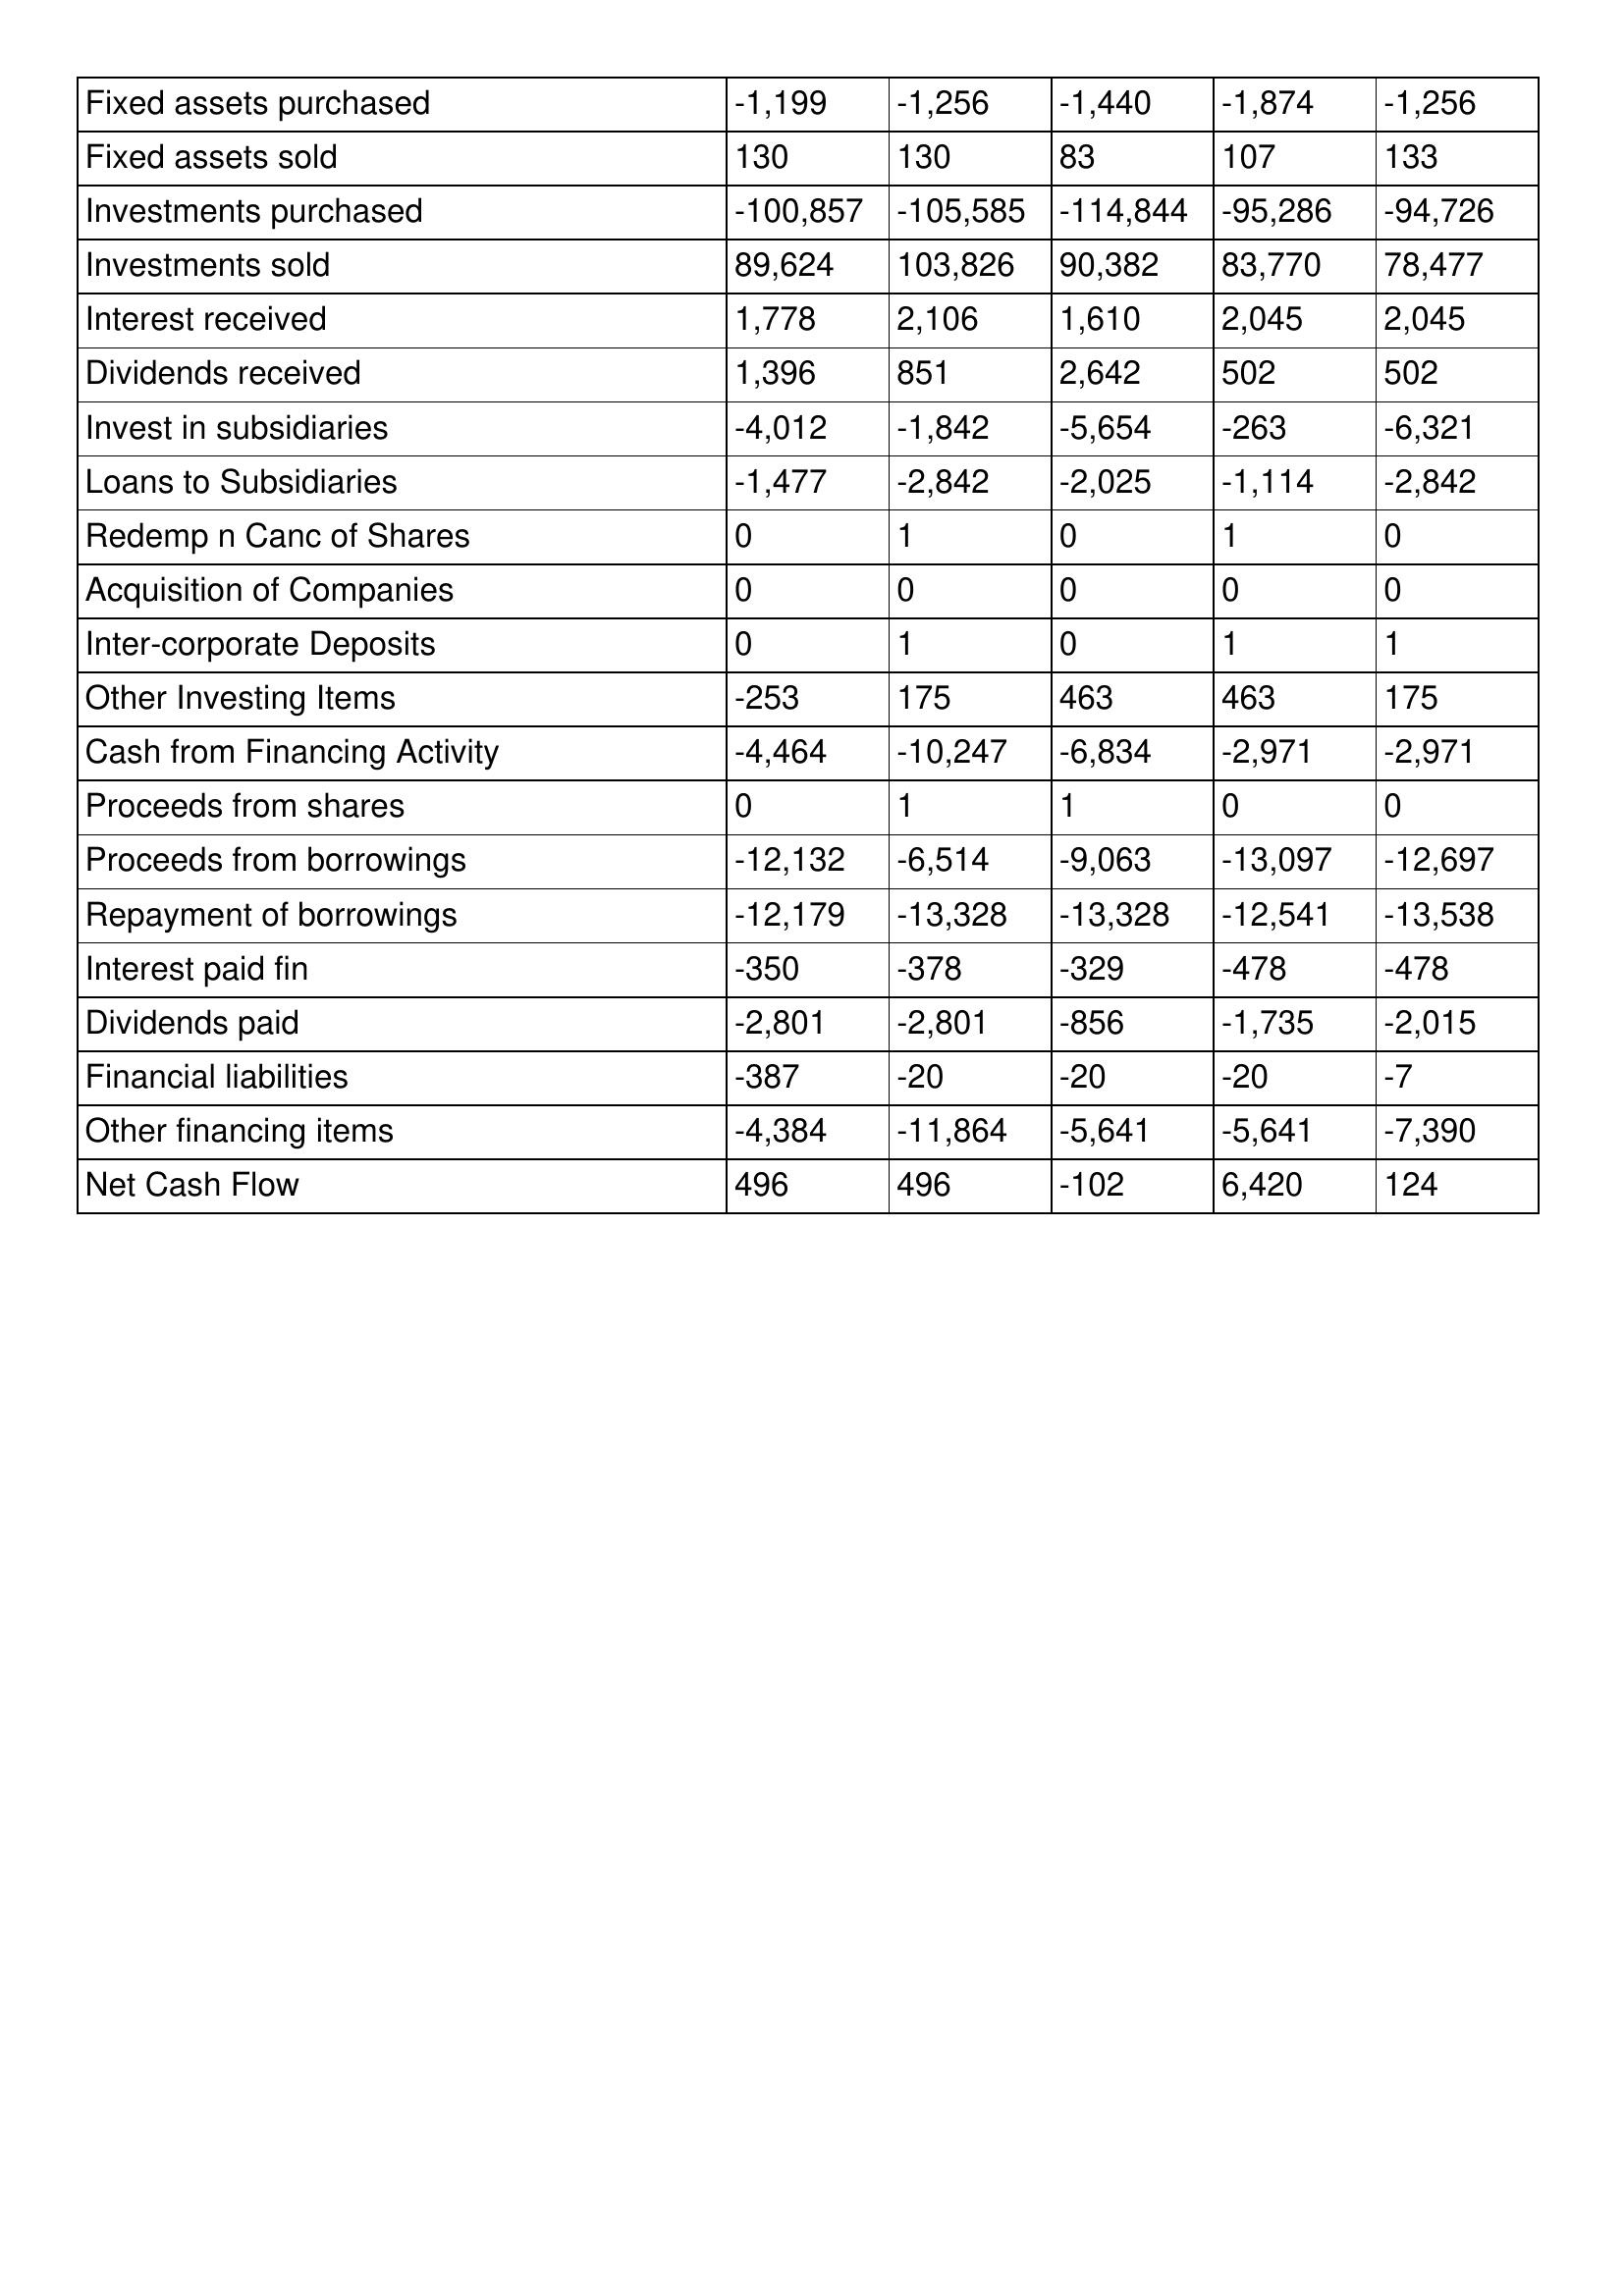
gt_parse: 2004: Cash Flows: Fixed assets purchased: -1,199
Fixed assets sold: 130
Investments purchased: -100,857
Investments sold: 89,624
Interest received: 1,778
Dividends received: 1,396
Invest in subsidiaries: -4,012
Loans to Subsidiaries: -1,477
Redemp n Canc of Shares: 0
Acquisition of Companies: 0
Inter-corporate Deposits: 0
Other Investing Items: -253
Cash from Financing Activity: -4,464
Proceeds from shares: 0
Proceeds from borrowings: -12,132
Repayment of borrowings: -12,179
Interest paid fin: -350
Dividends paid: -2,801
Financial liabilities: -387
Other financing items: -4,384
Net Cash Flow: 496
2003: Cash Flows: Fixed assets purchased: -1,256
Fixed assets sold: 130
Investments purchased: -105,585
Investments sold: 103,826
Interest received: 2,106
Dividends received: 851
Invest in subsidiaries: -1,842
Loans to Subsidiaries: -2,842
Redemp n Canc of Shares: 1
Acquisition of Companies: 0
Inter-corporate Deposits: 1
Other Investing Items: 175
Cash from Financing Activity: -10,247
Proceeds from shares: 1
Proceeds from borrowings: -6,514
Repayment of borrowings: -13,328
Interest paid fin: -378
Dividends paid: -2,801
Financial liabilities: -20
Other financing items: -11,864
Net Cash Flow: 496
2002: Cash Flows: Fixed assets purchased: -1,440
Fixed assets sold: 83
Investments purchased: -114,844
Investments sold: 90,382
Interest received: 1,610
Dividends received: 2,642
Invest in subsidiaries: -5,654
Loans to Subsidiaries: -2,025
Redemp n Canc of Shares: 0
Acquisition of Companies: 0
Inter-corporate Deposits: 0
Other Investing Items: 463
Cash from Financing Activity: -6,834
Proceeds from shares: 1
Proceeds from borrowings: -9,063
Repayment of borrowings: -13,328
Interest paid fin: -329
Dividends paid: -856
Financial liabilities: -20
Other financing items: -5,641
Net Cash Flow: -102
2001: Cash Flows: Fixed assets purchased: -1,874
Fixed assets sold: 107
Investments purchased: -95,286
Investments sold: 83,770
Interest received: 2,045
Dividends received: 502
Invest in subsidiaries: -263
Loans to Subsidiaries: -1,114
Redemp n Canc of Shares: 1
Acquisition of Companies: 0
Inter-corporate Deposits: 1
Other Investing Items: 463
Cash from Financing Activity: -2,971
Proceeds from shares: 0
Proceeds from borrowings: -13,097
Repayment of borrowings: -12,541
Interest paid fin: -478
Dividends paid: -1,735
Financial liabilities: -20
Other financing items: -5,641
Net Cash Flow: 6,420
2000: Cash Flows: Fixed assets purchased: -1,256
Fixed assets sold: 133
Investments purchased: -94,726
Investments sold: 78,477
Interest received: 2,045
Dividends received: 502
Invest in subsidiaries: -6,321
Loans to Subsidiaries: -2,842
Redemp n Canc of Shares: 0
Acquisition of Companies: 0
Inter-corporate Deposits: 1
Other Investing Items: 175
Cash from Financing Activity: -2,971
Proceeds from shares: 0
Proceeds from borrowings: -12,697
Repayment of borrowings: -13,538
Interest paid fin: -478
Dividends paid: -2,015
Financial liabilities: -7
Other financing items: -7,390
Net Cash Flow: 124